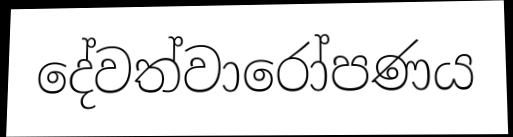
දේවත්වාරෝපණය